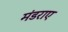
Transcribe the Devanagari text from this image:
मंडराए